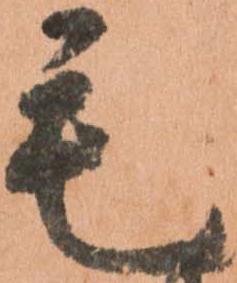
毛